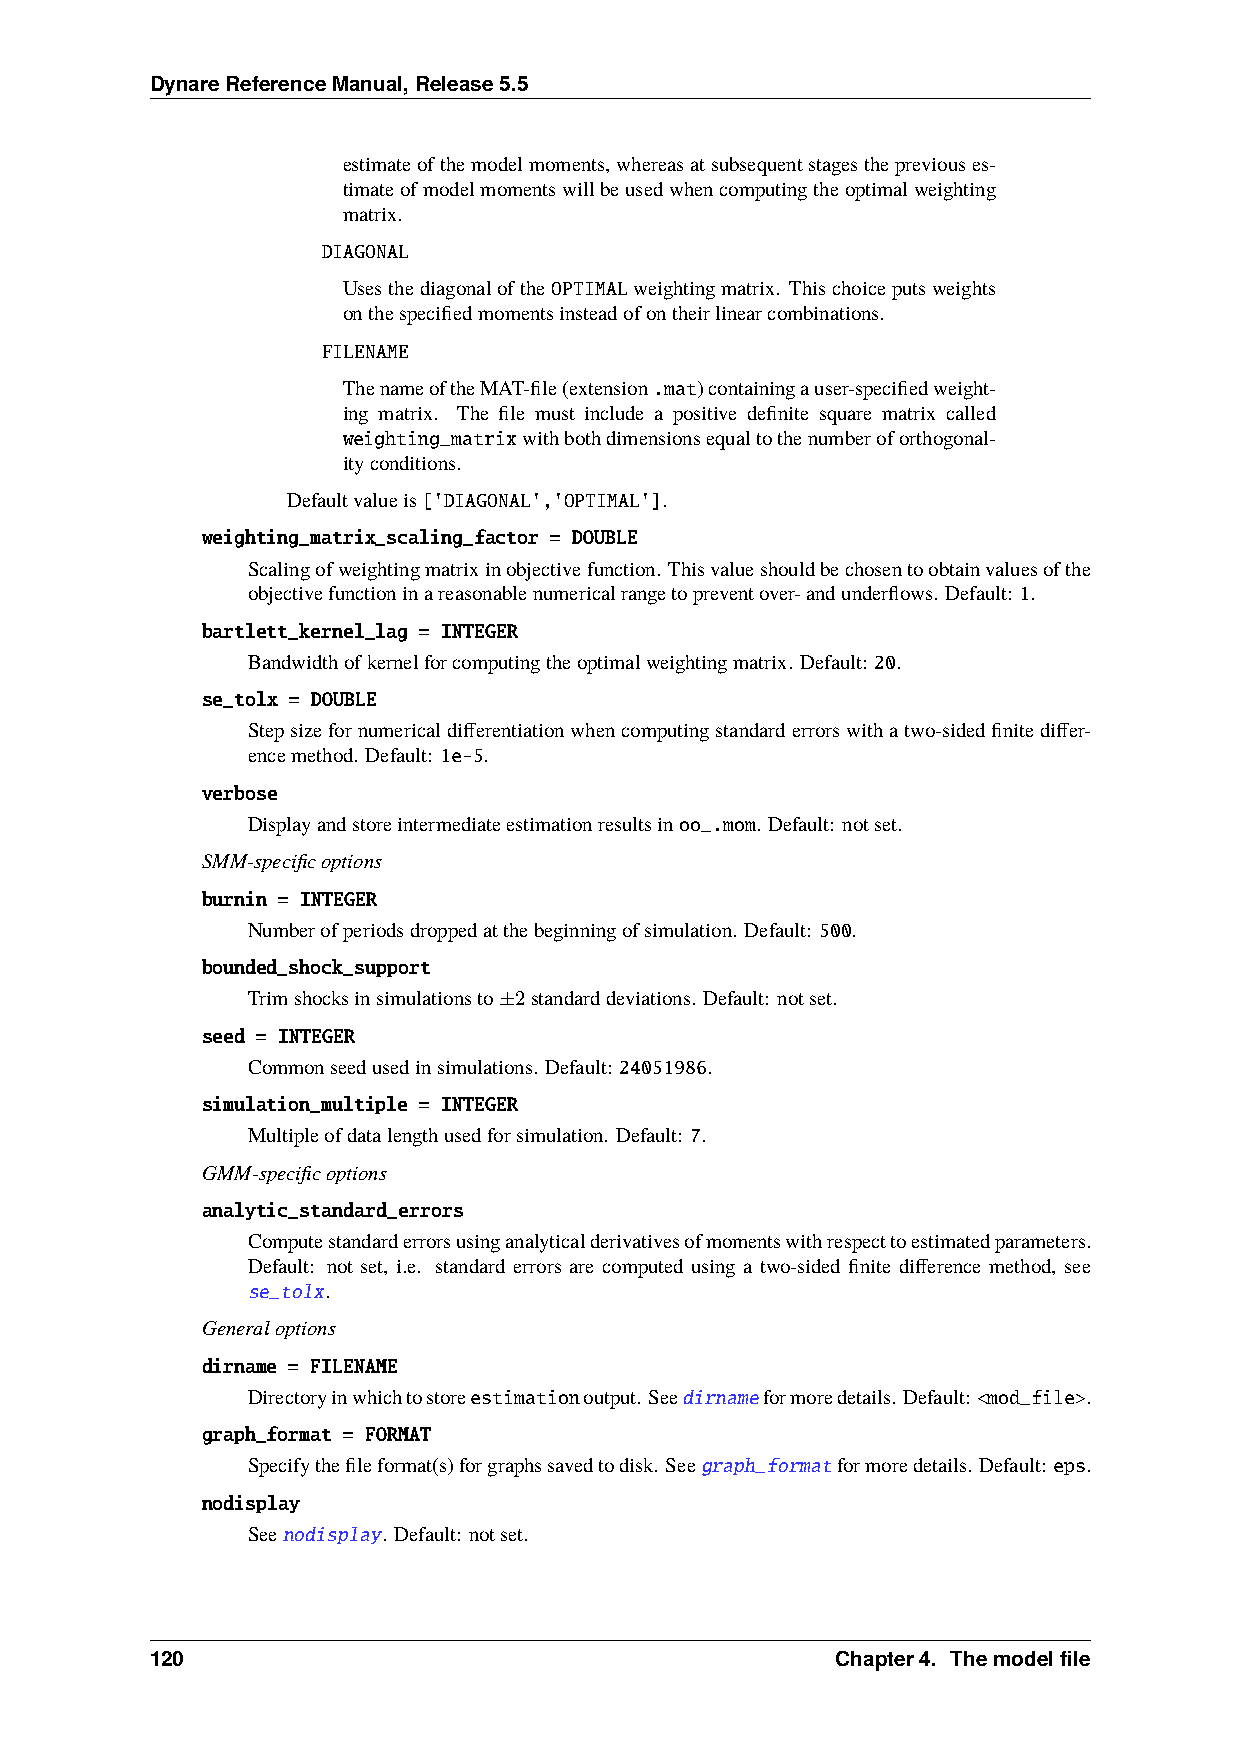
DynareReferenceManual,Release5.5
 estimateofthemodelmoments,whereasatsubsequentstagesthepreviouses-
 timateofmodelmomentswillbeusedwhencomputingtheoptimalweighting
 matrix.
 DIAGONAL
 UsesthediagonaloftheOPTIMALweightingmatrix. Thischoiceputsweights
 onthespecifiedmomentsinsteadofontheirlinearcombinations.
 FILENAME
 ThenameoftheMAT-file(extension.mat)containingauser-specifiedweight-
 ing matrix. The file must include a positive definite square matrix called
 weighting_matrixwithbothdimensionsequaltothenumberoforthogonal-
 ityconditions.
 Defaultvalueis['DIAGONAL','OPTIMAL'].
 weighting_matrix_scaling_factor = DOUBLE
 Scalingofweightingmatrixinobjectivefunction. Thisvalueshouldbechosentoobtainvaluesofthe
 objectivefunctioninareasonablenumericalrangetopreventover-andunderflows. Default: 1.
 bartlett_kernel_lag = INTEGER
 Bandwidthofkernelforcomputingtheoptimalweightingmatrix. Default: 20.
 se_tolx = DOUBLE
 Stepsizefornumericaldifferentiationwhencomputingstandarderrorswithatwo-sidedfinitediffer-
 encemethod. Default: 1e-5.
 verbose
 Displayandstoreintermediateestimationresultsinoo_.mom. Default: notset.
 SMM-specificoptions
 burnin = INTEGER
 Numberofperiodsdroppedatthebeginningofsimulation. Default: 500.
 bounded_shock_support
 Trimshocksinsimulationsto±2standarddeviations. Default: notset.
 seed = INTEGER
 Commonseedusedinsimulations. Default: 24051986.
 simulation_multiple = INTEGER
 Multipleofdatalengthusedforsimulation. Default: 7.
 GMM-specificoptions
 analytic_standard_errors
 Computestandarderrorsusinganalyticalderivativesofmomentswithrespecttoestimatedparameters.
 Default: not set, i.e. standard errors are computed using a two-sided finite difference method, see
 se_tolx.
 Generaloptions
 dirname = FILENAME
 Directoryinwhichtostoreestimationoutput. Seedirnameformoredetails. Default: <mod_file>.
 graph_format = FORMAT
 Specifythefileformat(s)forgraphssavedtodisk. Seegraph_formatformoredetails. Default: eps.
 nodisplay
 Seenodisplay. Default: notset.
 120                                          Chapter4. Themodelfile